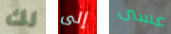
لك إلى عسى